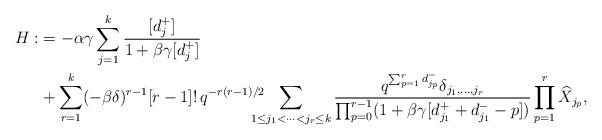
LaTeX: \begin{align*}H:&=-\alpha\gamma\sum_{j=1}^{k}\frac{[d_{j}^{+}]}{1+\beta\gamma[d_{j}^{+}]} \\ &+\sum_{r=1}^{k}(-\beta\delta)^{r-1}[r-1]! \, q^{-r(r-1)/2}\!\!\!\!\!\!\sum_{1\le j_{1}<\cdots <j_{r}\le k}\frac{q^{\sum_{p=1}^{r}d_{j_{p}}^{-}}\delta_{j_{1}, \ldots , j_{r}}}{\prod_{p=0}^{r-1}(1+\beta\gamma[d_{j_{1}}^{+}+d_{j_{1}}^{-}-p])}\prod_{p=1}^{r}\widehat{X}_{j_{p}}, \end{align*}